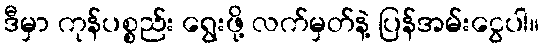
ဒီမှာ ကုန်ပစ္စည်း ရွေးဖို့ လက်မှတ်နဲ့ ပြန်အမ်းငွေပါ။